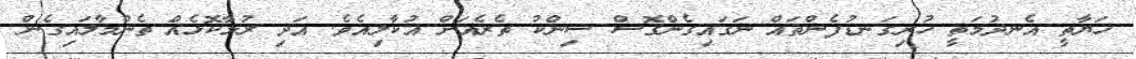
ހަޔާތީ އެނދުމަތީ ހުރިގަނޑުފެންތައް ނަގައިގެންގޮސް ސިންކު ތެރެއަށް އުކާލިއެވެ. އަދި ރުމާކޮޅެއް ތެންމާލައިގެން